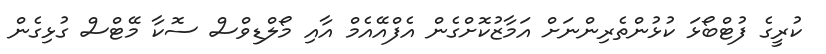
ކުރީގެ ފުޓްބޯޅަ ކުޅުންތެރިންނަށް އަމާޒުކޮށްގެން އެފްއޭއެމް އާއި މޯލްޑިވްސް ސޮކާ މޭޓްސް ގުޅިގެން